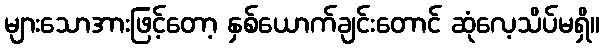
များသောအားဖြင့်တော့ နှစ်ယောက်ချင်းတောင် ဆုံလေ့သိပ်မရှိ။